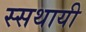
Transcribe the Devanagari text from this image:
स्सथायी